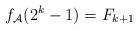
LaTeX: \begin{align*}f_\mathcal{A}(2^k-1)=F_{k+1}\end{align*}